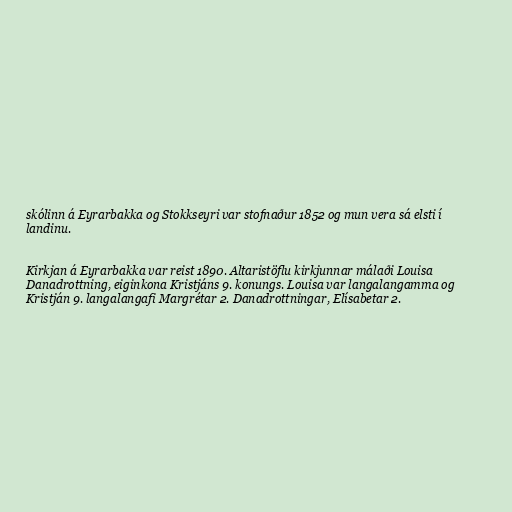
skólinn á Eyrarbakka og Stokkseyri var stofnaður 1852 og mun vera sá elsti í
landinu.

Kirkjan á Eyrarbakka var reist 1890. Altaristöflu kirkjunnar málaði Louisa
Danadrottning, eiginkona Kristjáns 9. konungs. Louisa var langalangamma og
Kristján 9. langalangafi Margrétar 2. Danadrottningar, Elísabetar 2.